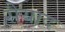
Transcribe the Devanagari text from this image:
सैयाद